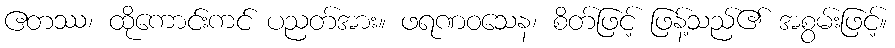
ဧတဿ၊ ထိုကောင်းကင် ပညတ်အား။ ဖရဏဝသေန၊ စိတ်ဖြင့် ဖြန့်သည်၏ အစွမ်းဖြင့်။